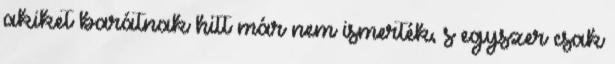
akiket barátnak hitt már nem ismerték, s egyszer csak